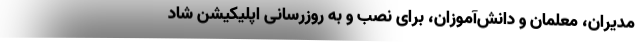
مدیران، معلمان و دانش‌آموزان، برای نصب و به روزرسانی اپلیکیشن شاد